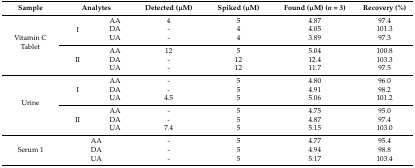
<table><thead><tr><td><b>Sample</b></td><td colspan="2"><b>Analytes</b></td><td><b>Detected (μM)</b></td><td><b>Spiked (μM)</b></td><td><b>Found (μM) (<i>n</i> = 3)</b></td><td><b>Recovery (%)</b></td></tr></thead><tbody><tr><td rowspan="6">Vitamin C Tablet</td><td rowspan="3">I</td><td>AA</td><td>4</td><td>5</td><td>4.87</td><td>97.4</td></tr><tr><td>DA</td><td>-</td><td>4</td><td>4.05</td><td>101.3</td></tr><tr><td>UA</td><td>-</td><td>4</td><td>3.89 </td><td>97.3</td></tr><tr><td rowspan="3">II</td><td>AA</td><td>12</td><td>5</td><td>5.04</td><td>100.8</td></tr><tr><td>DA</td><td>-</td><td>12</td><td>12.4</td><td>103.3</td></tr><tr><td>UA</td><td>-</td><td>12</td><td>11.7</td><td>97.5</td></tr><tr><td rowspan="6">Urine</td><td rowspan="3">I</td><td>AA</td><td>-</td><td>5</td><td>4.80</td><td>96.0</td></tr><tr><td>DA</td><td>-</td><td>5</td><td>4.91</td><td>98.2</td></tr><tr><td>UA</td><td>4.5</td><td>5</td><td>5.06</td><td>101.2</td></tr><tr><td rowspan="3">II</td><td>AA</td><td>-</td><td>5</td><td>4.75</td><td>95.0</td></tr><tr><td>DA</td><td>-</td><td>5</td><td>4.87</td><td>97.4</td></tr><tr><td>UA</td><td>7.4</td><td>5</td><td>5.15</td><td>103.0</td></tr><tr><td rowspan="3">Serum 1</td><td colspan="2">AA</td><td>-</td><td>5</td><td>4.77</td><td>95.4</td></tr><tr><td colspan="2">DA</td><td>-</td><td>5</td><td>4.94</td><td>98.8</td></tr><tr><td colspan="2">UA</td><td>-</td><td>5</td><td>5.17</td><td>103.4</td></tr></tbody></table>